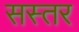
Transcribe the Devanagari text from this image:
सस्तर